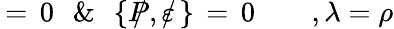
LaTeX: \! \! \! \! \! \! \! \! \! \! \! \! \! \! \! \! \! \! \! \! {\rlap/\varepsilon\, |P,\lambda\rangle\, =\, 0\, \, \, \, \& \, \, \, \, \{ \, \rlap/\! P,\rlap/\varepsilon\, \} \, =\, 0\, \, \, \, \, \, \, \, \, \, \, \, ,\lambda=\rho}